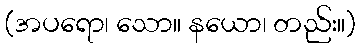
(အပရော၊ သော။ နယော၊ တည်း။)